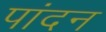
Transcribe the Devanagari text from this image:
पांदन